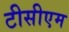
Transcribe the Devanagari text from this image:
टीसीएम